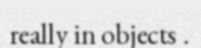
really in objects .